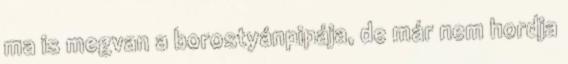
ma is megvan a borostyánpipája, de már nem hordja